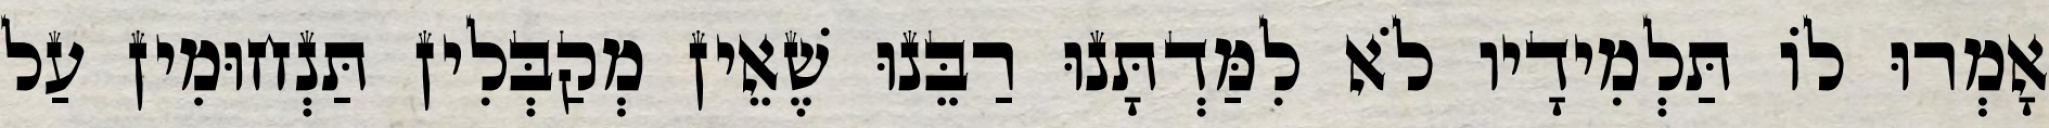
אָמְרוּ לוֹ תַּלְמִידָיו לֹא לִמַּדְתָּנוּ רַבֵּנוּ שֶׁאֵין מְקַבְּלִין תַּנְחוּמִין עַל